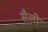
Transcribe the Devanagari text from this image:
सैल़ी